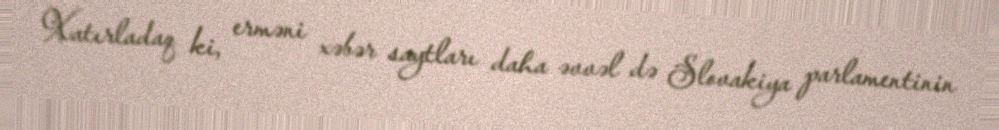
Xatırladaq ki, erməni xəbər saytları daha əvvəl də Slovakiya parlamentinin